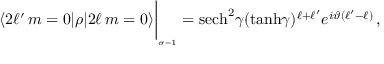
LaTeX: \langle 2 \ell ^ { \prime } \, m = 0 \vert \rho \vert 2 \ell \, m = 0 \rangle \bigg \vert _ { _ { \sigma = 1 } } = \mathrm { s e c h } ^ { 2 } \gamma ( \mathrm { t a n h } \gamma ) ^ { \ell + \ell ^ { \prime } } e ^ { i \vartheta ( \ell ^ { \prime } - \ell ) } \, ,